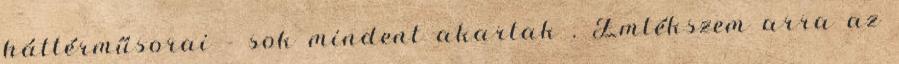
háttérműsorai – sok mindent akartak . Emlékszem arra az